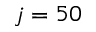
j = 5 0